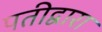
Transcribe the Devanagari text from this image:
पतीद्वारा